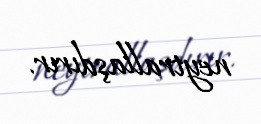
neytrallaşdırır.